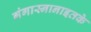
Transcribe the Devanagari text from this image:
गंगास्नानाइतके